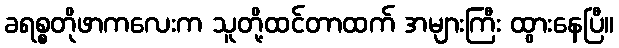
ခရစ္စတိုဖာကလေးက သူတို့ထင်တာထက် အများကြီး ထွားနေပြီ။